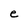
Character: e